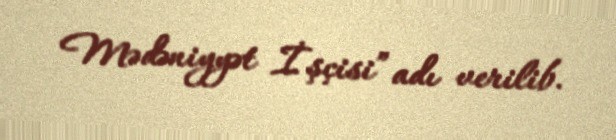
Mədəniyyət İşçisi” adı verilib.